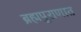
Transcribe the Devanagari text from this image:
ब्रह्मपुराणात